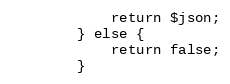
Language: PHP
            return $json;
        } else {
            return false;
        }